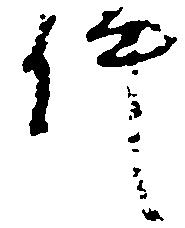
件